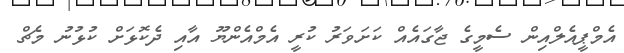
އެމްޕީއެލްއިން ސެމީގެ ޖާގައެއް ކަށަވަރު ކުރީ އެމްއެންޔޫ އާއި ދެކޮޅަށް ކުޅުނު މެޗް